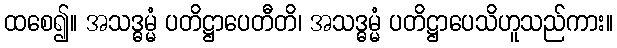
ထစေ၍။ အသဒ္ဓမ္မံ ပတိဋ္ဌာပေတီတိ၊ အသဒ္ဓမ္မံ ပတိဋ္ဌာပေသိဟူသည်ကား။